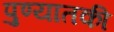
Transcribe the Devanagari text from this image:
पुण्यातकी